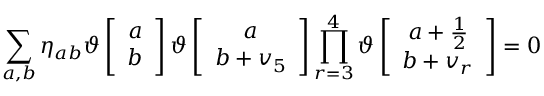
\sum _ { a , b } \eta _ { a b } \vartheta \left[ \begin{array} { c } { { a } } \\ { { b } } \end{array} \right] \vartheta \left[ \begin{array} { c } { { a } } \\ { { b + v _ { 5 } } } \end{array} \right] \prod _ { r = 3 } ^ { 4 } \vartheta \left[ \begin{array} { c } { { a + \frac { 1 } { 2 } } } \\ { { b + v _ { r } } } \end{array} \right] = 0